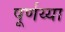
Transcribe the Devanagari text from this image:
पूर्णय्या